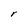
Character: r